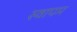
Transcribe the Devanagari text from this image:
स्वापम